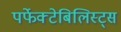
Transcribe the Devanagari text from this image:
पर्फेक्टेबिलिस्ट्स